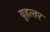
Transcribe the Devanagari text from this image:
वृहत्‍तर